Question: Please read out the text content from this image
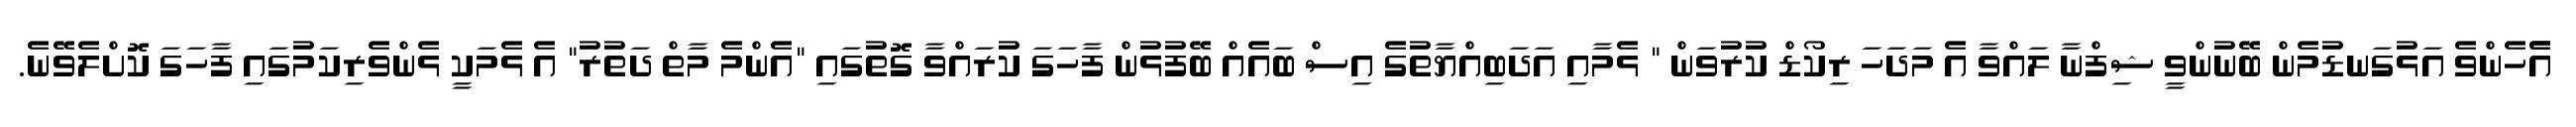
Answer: އެެހެންވެ އަޅުގަނޑުމެން ބޭނުންވީ ޝިފްނާ ލައްވާ އެ މަދަހަ ރިކޯޑް ކުރުވަން " ޅެމާއި އަދަބިއްޔާތުގެ އިސް ބައެއް ބޭފުޅުން ފާހަގަ ކުރައްވާ ގޮތުގައި "އެންމެ މާތް ދަތުރު" އެ ޅެމަކީ ޅެންވެރިކަމުގައި ފާހަގަ ކޮށްލެވޭނެ.